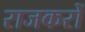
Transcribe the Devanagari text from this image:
राजकरों